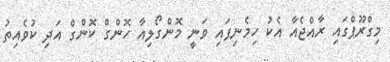
މިގްރޫޕްގައި ރާއްޖެއާ އެކު ހިމެނިފައި ވަނީ މޮންގޯލިއާ ހޮންގް ކޮންގް އަދި ކުވެއިތު